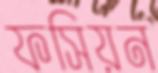
ফসিয়ন